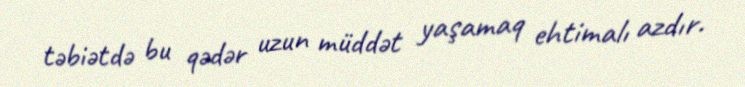
təbiətdə bu qədər uzun müddət yaşamaq ehtimalı azdır.